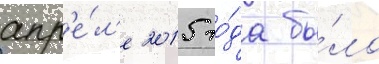
апр'е́л'е 2015 го́да бы́ло